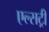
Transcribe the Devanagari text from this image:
एल्सट्री